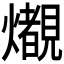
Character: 𤒠